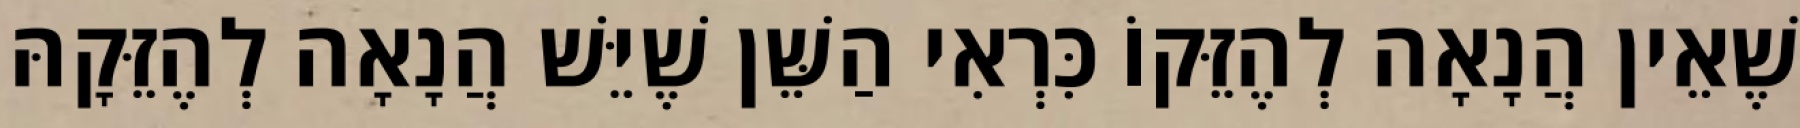
שֶׁאֵין הֲנָאָה לְהֶזֵּקוֹ כִּרְאִי הַשֵּׁן שֶׁיֵּשׁ הֲנָאָה לְהֶזֵּקָהּ